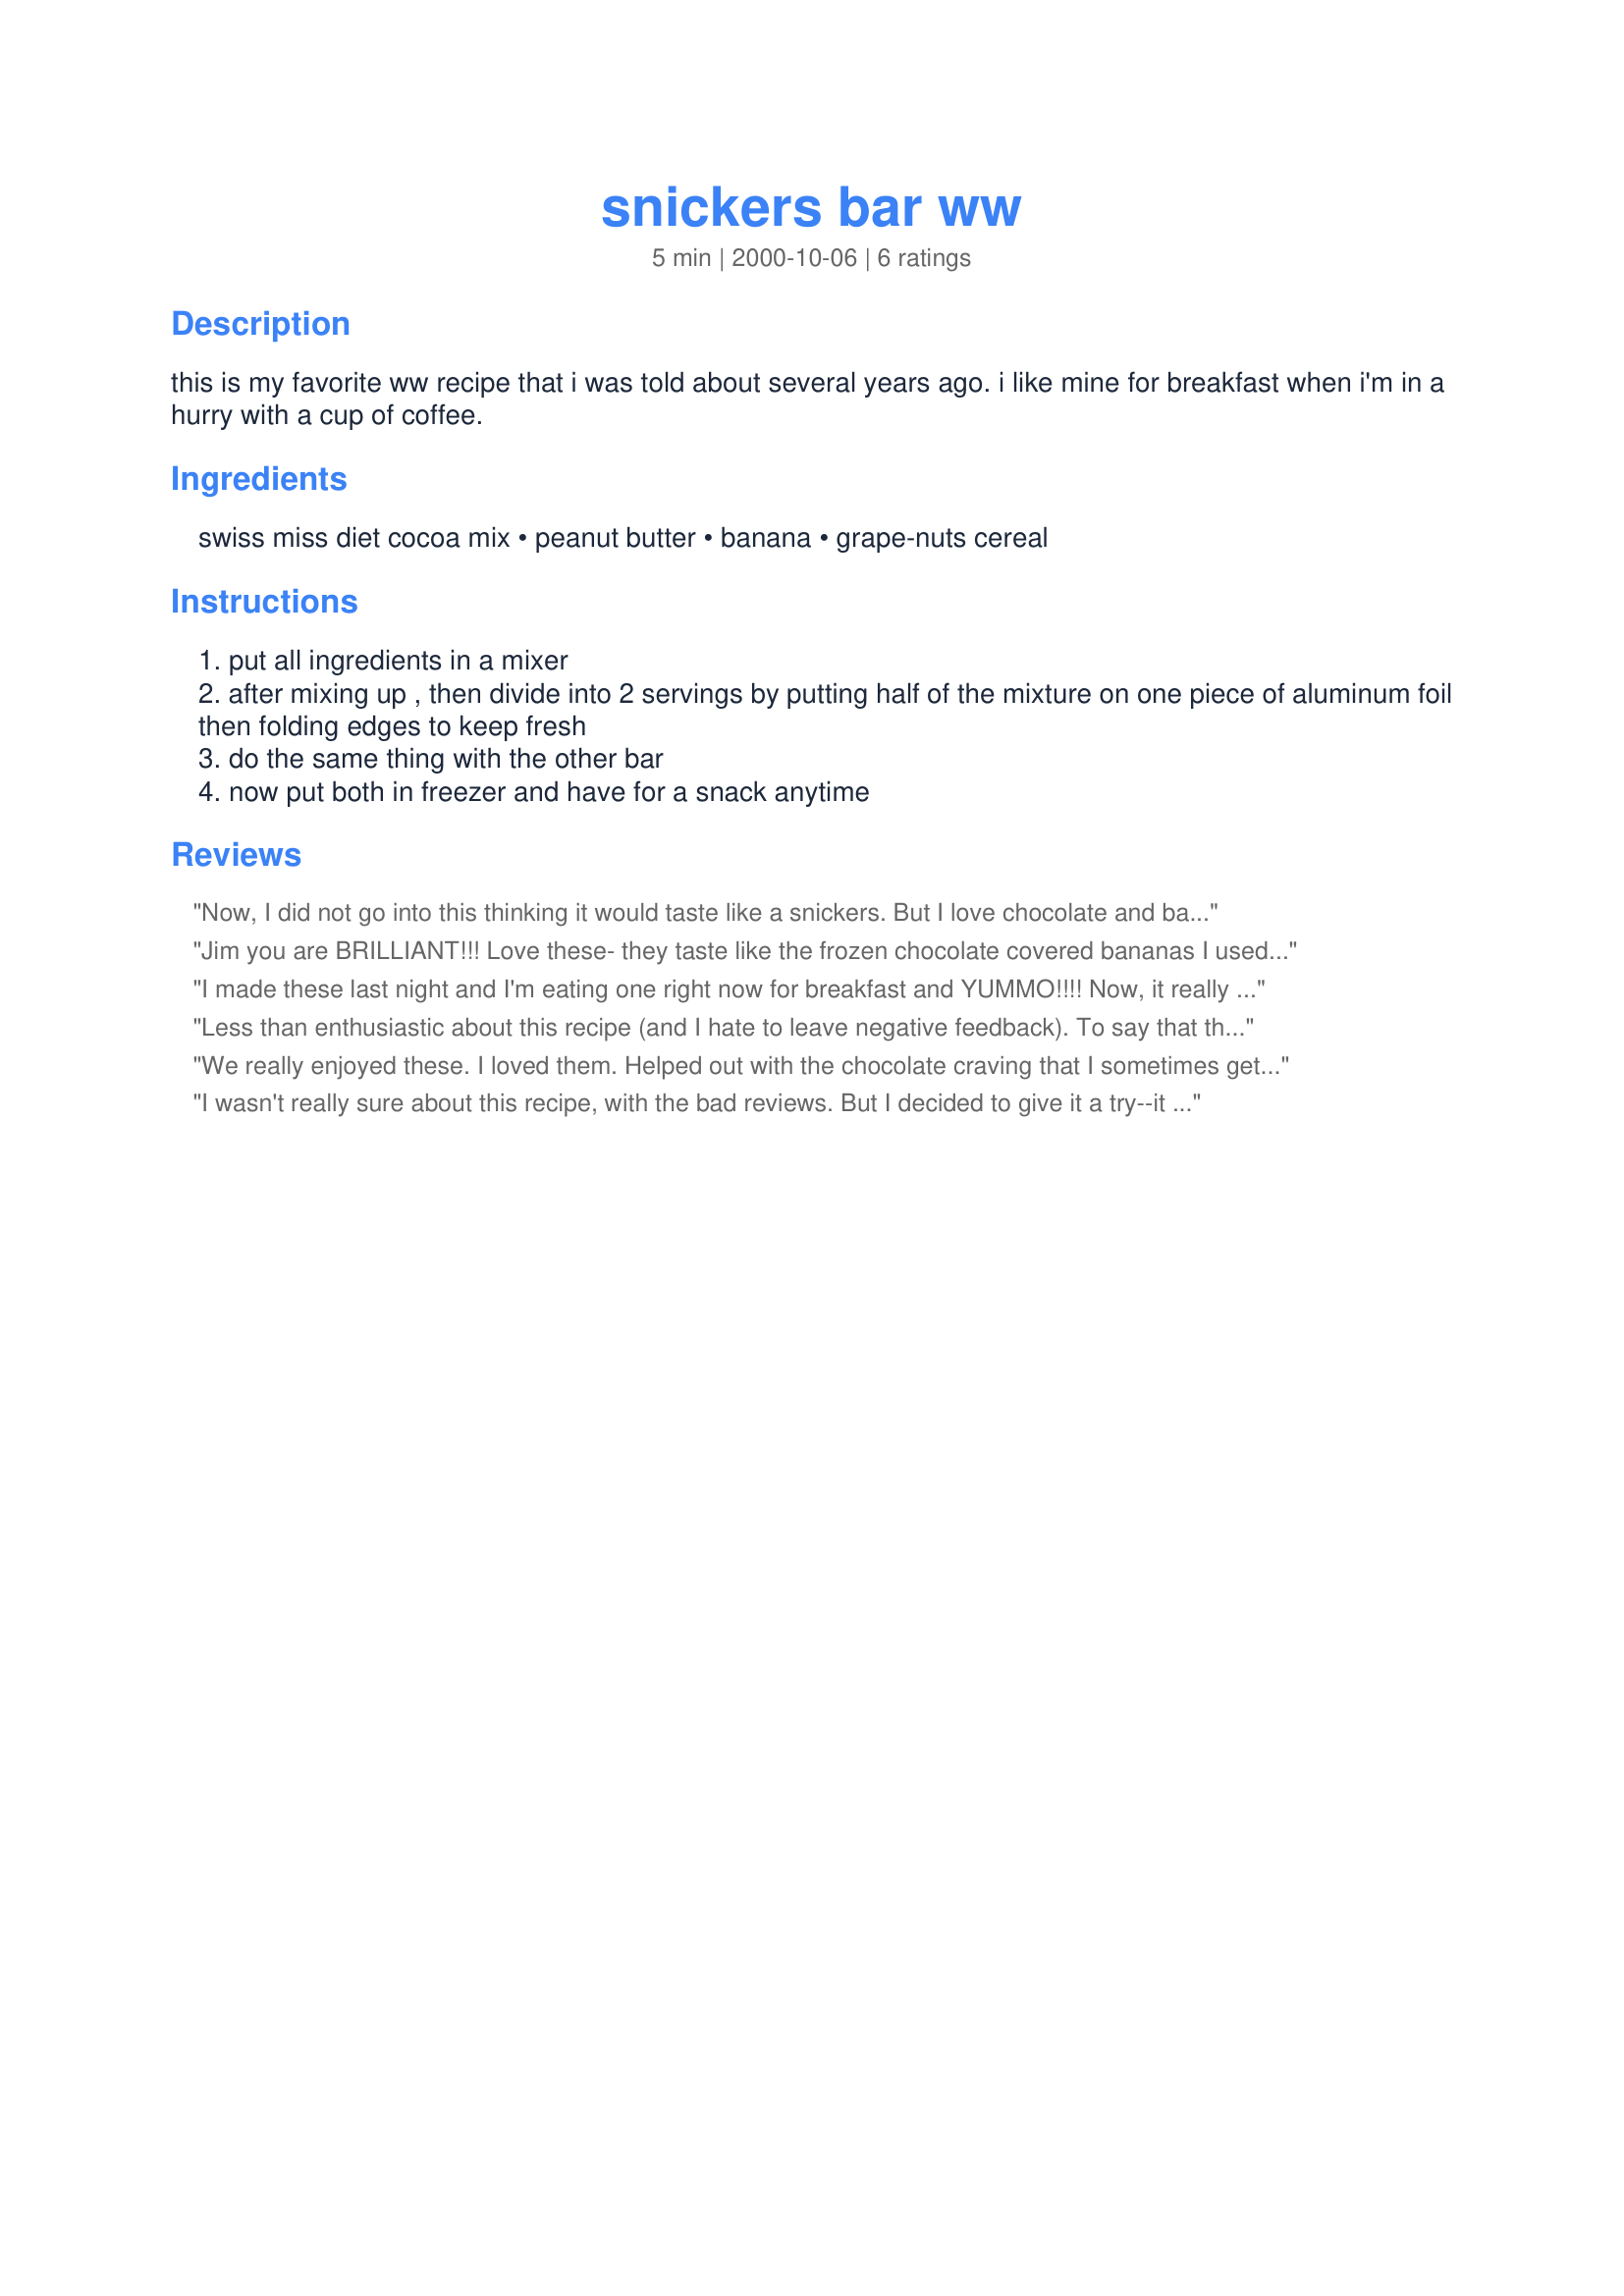
snickers bar ww
Preparation time: 5 minutes

this is my favorite ww recipe that i was told about several years ago. i like mine for breakfast when i'm in a hurry with a cup of coffee.

Ingredients:
swiss miss diet cocoa mix, peanut butter, banana, grape-nuts cereal

Steps:
put all ingredients in a mixer
after mixing up , then divide into 2 servings by putting half of the mixture on one piece of aluminum foil then folding edges to keep fresh
do the same thing with the other bar
now put both in freezer and have for a snack anytime

Reviews:
Now, I did not go into this thinking it would taste like a snickers. But I love chocolate and banana together and I love peanut butter, so I thought it would be a good combo. I used all bran extra fiber for the cereal and broke it up into grape nuts size before adding the other ingredients to the food processor. I found that freezing this made the chocolate flavor all but dissapear. Nice idea, but I would add more cocoa mix. And I could barely taste the peanut butter... I'm glad I tried it though. Thanks!
Jim you are BRILLIANT!!! Love these- they taste like the frozen chocolate covered bananas I used to buy at the fair!!! Made mine with fat free Nestle cocoa (that's the only "diet" cocoa my local grocery carried) and really ripe bananas (I keep a supply of the overly ripe ones in the freezer). Nuke the frozen nana for one minute and it turns to mush, add the rest of the ingredients, stir and put into foil. No blender required this way! So simple to do I even made up some with regular cocoa for the kiddies so they could have a snack with Mom. ;) And only 3 points each- this is my new favorite diet treat! Thank you! Thank you! Thank you!
I made these last night and I'm eating one right now for breakfast and YUMMO!!!! Now, it really tastes nothing like a snickers, but it is still delish. I'm not a huge fan of bananas, but this recipe is still very tasty to me. The banana soaks in all the chocolate so there's just a hint of banana flavor. It will be really good for my crazy chocolate cravings! Rich and creamy!
I also took the advice of nuking the banana, works like a charm and no need for the blender mess. And I used Fiber One cereal like someone else on here suggested for that extra fiber. I will be making these all the time! Thank you!
Less than enthusiastic about this recipe (and I hate to leave negative feedback). To say that this tastes anything close to a "Snickers" is an insult to Mars Inc. itself.
We really enjoyed these. I loved them. Helped out with the chocolate craving that I sometimes get. I sure didn't think they tasted like a Snickers as the other reviewer stated, but that didn't matter. I used diet cocoa mix and it was great. My ingredients came up to 3 pts on WW and it was a generous serving.
Thanx for the recipe. I will be using it often
I wasn't really sure about this recipe, with the bad reviews. But I decided to give it a try--it was fantastic! I didn't expect it to taste anything like a candy bar, but it did come out nice and fudgey. I wouldn't say it tastes like a Snickers, but very much like a cold chocolate bar. I used Nestle fat free sugar free carb select cocoa (only 20 cal) and reduced fat peanut butter. I also took the other reviewer's suggestion of nooking the banana and then mixing in the other ingredients. It worked very well and I didn't have to dirty up my blender! An excellent low-fat and healthy alternative to a candy bar. I'll be making this a lot.
